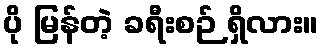
ပို မြန်တဲ့ ခရီးစဉ် ရှိလား။